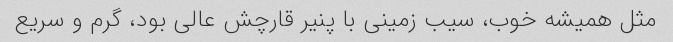
مثل همیشه خوب، سیب زمینی با پنیر قارچش عالی بود، گرم و سریع